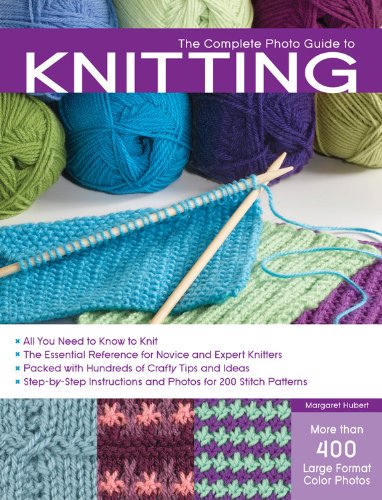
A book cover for The Complete Photo Guide to Knitting: *All You Need to Know to Knit *The Essential Reference for Novice and Expert Knitters *Packed with Hundreds of ... and Photos for 200 Stitch Patterns; Margaret Hubert; Crafts, Hobbies & Home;